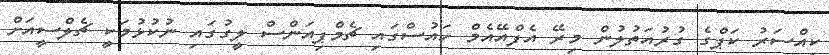
ކިއްސަރު ކަޕްގެ ގުރުއަތުލުން މިރޭ އެފްއޭއެމް ހައުސްގައި ޗެމްޕިއަންސް ލީގުގައި ނުކުޅުމަކީ ޗެލްސީއަށް